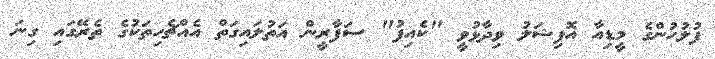
ފުލުހުންގެ މީޑިއާ އޮފިޝަލު ވިދާޅުވީ "ކެއިފު" ސަފާރީން އަތުލައިގަތް އެއްޗެހިތަކުގެ ތެރޭގައި ގިނަ